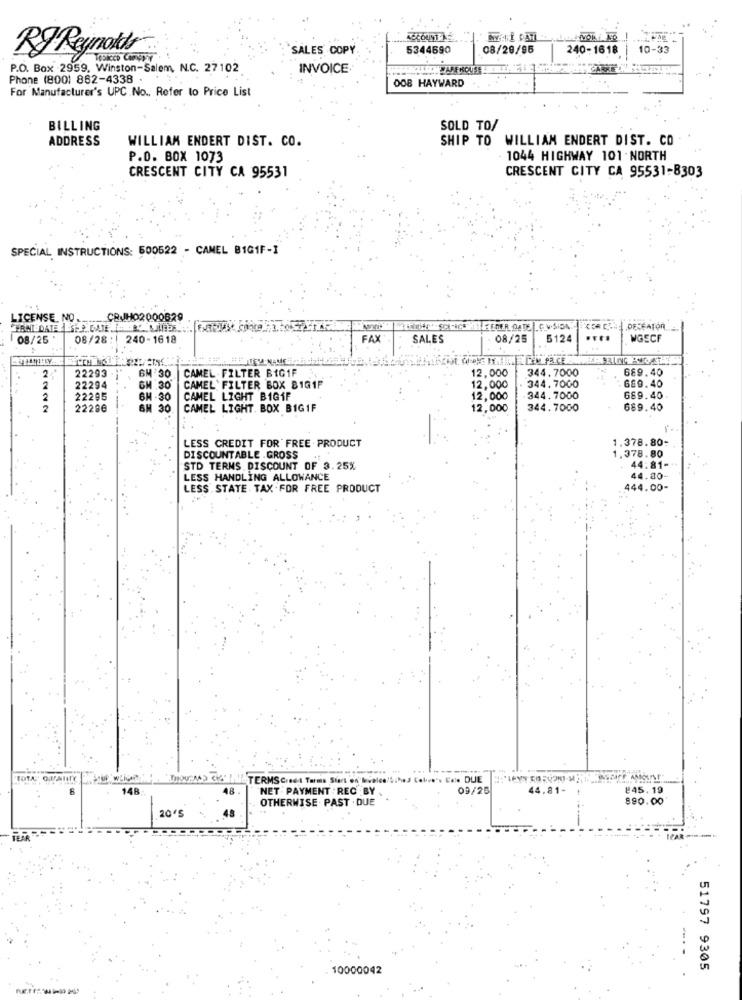
RJ Reynolds
SALES COPY
5344690
08/20/95
240-1618
10-33
P.O. Box 2959. Winston-Salem, N.C. 27102.
INVOICE
Phone (800) 862-4338 .
For Manufacturer's UPC.No ., Refer to Price List
008 HAYWARD
BILLING
SOLD TO/
ADDRESS
WILLIAM ENDERT DIST. CO.
SHIP TO WILLIAM ENDERT DIST. CO
P.O. BOX 1073
1044 HIGHWAY 101 . NORTH
CRESCENT CITY CA 95531-8303
CRESCENT CITY CA 95531
SPECIAL INSTRUCTIONS: 500522 - CANEL BIG1F-1
LICENSE. NO ..
CBJHO2000629
ERNI DATA SEPOATE.
DEFEATOR.
08/25 :
08/28:
240-1618
FAX
SALES
08/25
512
WGECF
2
22293
CAMEL FILTER BIG1F
12,000
344.7000
689.40
'30
689.40
2
22294
CAMEL FILTER BOX BIG1P
12,000
344.7000
2
22295
30
CAMEL LIGHT BIG1F
12,000
344.7000
689.40
2
22296
30
CAMEL LIGHT. BOX BIGIF
12,000
344.7000
689.40
1.378.80
LESS CREDIT FOR FREE PRODUCT
DISCOUNTABLE . GROSS
1.378.80
STD TERMS DISCOUNT OF 3.25%
44:81-
LESS HANDLING ALLOWANCE
44.80-
LESS .STATE TAX FOR FREE PRODUCT
444.00-
TOTAL OU MlIT
TERMS Creed Terms Start en Mielen/Schod Colove"
*** DUE
148
48.
NET . PAYMENT : REC BY
09/26
44.81-
#45,19
OTHERWISE . PAST . DUE
890.00
20'S
10000042
51797 9305